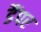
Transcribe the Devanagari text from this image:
डैंपर